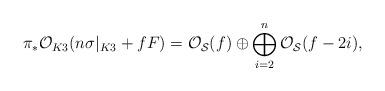
LaTeX: \begin{align*}\pi_* {\cal O}_{K3} (n \sigma|_{K3} +fF)={\cal O}_{{\cal S}}(f) \oplus \bigoplus_{i=2}^{n}{\cal O}_{{\cal S}}(f-2i),\end{align*}